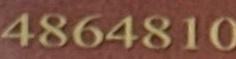
4864810